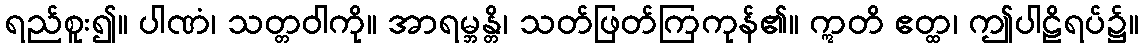
ရည်စူး၍။ ပါဏံ၊ သတ္တဝါကို။ အာရမ္ဘန္တိ၊ သတ်ဖြတ်ကြကုန်၏။ ဣတိ ဧတ္ထ၊ ဤပါဠိရပ်၌။